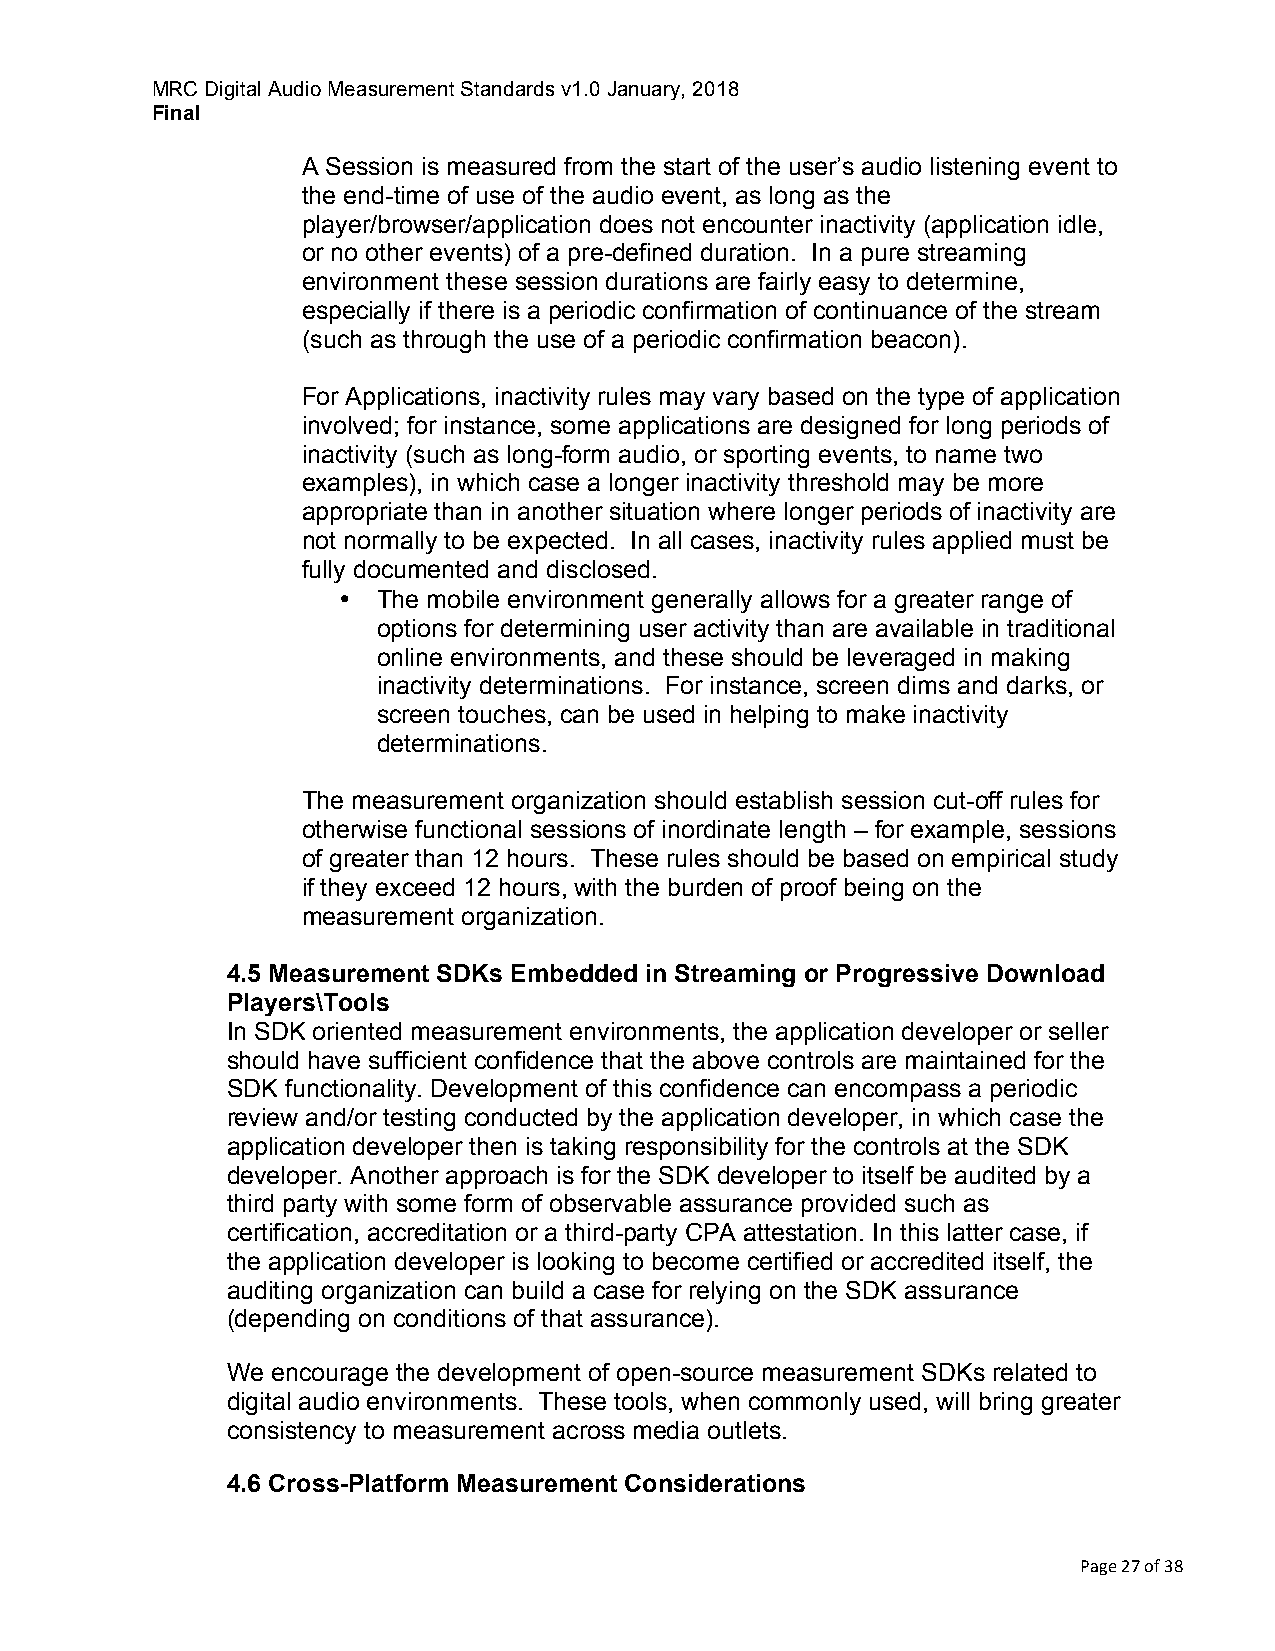
MRC Digital Audio Measurement Standards v1.0 January, 2018
 Final
 A Session is measured from the start of the user’s audio listening event to
 the end-time of use of the audio event, as long as the
 player/browser/application does not encounter inactivity (application idle,
 or no other events) of a pre-defined duration. In a pure streaming
 environment these session durations are fairly easy to determine,
 especially if there is a periodic confirmation of continuance of the stream
 (such as through the use of a periodic confirmation beacon).
 For Applications, inactivity rules may vary based on the type of application
 involved; for instance, some applications are designed for long periods of
 inactivity (such as long-form audio, or sporting events, to name two
 examples), in which case a longer inactivity threshold may be more
 appropriate than in another situation where longer periods of inactivity are
 not normally to be expected. In all cases, inactivity rules applied must be
 fully documented and disclosed.
 •  The mobile environment generally allows for a greater range of
 options for determining user activity than are available in traditional
 online environments, and these should be leveraged in making
 inactivity determinations. For instance, screen dims and darks, or
 screen touches, can be used in helping to make inactivity
 determinations.
 The measurement organization should establish session cut-off rules for
 otherwise functional sessions of inordinate length – for example, sessions
 of greater than 12 hours. These rules should be based on empirical study
 if they exceed 12 hours, with the burden of proof being on the
 measurement organization.
 4.5 Measurement SDKs Embedded in Streaming or Progressive Download
 Players\Tools
 In SDK oriented measurement environments, the application developer or seller
 should have sufficient confidence that the above controls are maintained for the
 SDK functionality. Development of this confidence can encompass a periodic
 review and/or testing conducted by the application developer, in which case the
 application developer then is taking responsibility for the controls at the SDK
 developer. Another approach is for the SDK developer to itself be audited by a
 third party with some form of observable assurance provided such as
 certification, accreditation or a third-party CPA attestation. In this latter case, if
 the application developer is looking to become certified or accredited itself, the
 auditing organization can build a case for relying on the SDK assurance
 (depending on conditions of that assurance).
 We encourage the development of open-source measurement SDKs related to
 digital audio environments. These tools, when commonly used, will bring greater
 consistency to measurement across media outlets.
 4.6 Cross-Platform Measurement Considerations
 Page 27 of 38